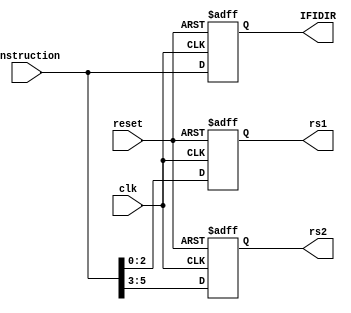


module ifidreg (input clk, input reset, input [7:0] instruction, output reg [2:0]rs1, output reg [2:0] rs2, output reg [7:0]IFIDIR);

always@(posedge clk, negedge reset)
begin

if (reset==0)
begin
rs1<=0;
rs2<=0;
IFIDIR<=0;
end

else begin
rs1<=instruction[2:0];
rs2<=instruction[5:3];
IFIDIR<=instruction;
end

end
endmodule

module idexreg (input clk, 
		input reset, 
		input [2:0]rs1,
		input [2:0]rs2, 
		input [7:0]A, 
		input [7:0]B, 
		input RegWrite, 	
		input AluOp,
		output reg [2:0] rs1_out,
		output reg [2:0] rs2_out,
		output reg [7:0] A_out,
		output reg [7:0] B_out,
		output reg RegWrite_out,
		output reg AluOp_out );

always@(posedge clk, negedge reset)
begin

if (reset==0)
begin
rs1_out 	<=0;
rs2_out 	<=0;
A_out		<=0;
B_out		<=0;
RegWrite_out	<=0;
AluOp_out	<=0;
end

else
begin 
rs1_out		<=rs1;
rs2_out		<=rs2;
A_out		<=A;
B_out		<=B;
RegWrite_out	<=RegWrite;
AluOp_out	<=AluOp;
end
end

endmodule

module exwbreg (input clk, input reset, input [7:0]AluResult, input [2:0]rs2, input RegWrite,  
		output reg [7:0] AluResult_out,
		output reg [2:0] rs2_out,
		output reg RegWrite_out );

always @ (posedge clk , negedge reset)
begin

if(reset==0)
begin
AluResult_out<=0;
rs2_out<=0;
RegWrite_out<=0;
end

else
begin
AluResult_out<=AluResult;
rs2_out<=rs2;
RegWrite_out<=RegWrite;	
end

end
endmodule